Annual administration and progress report of the Indian Medical Department, Bombay
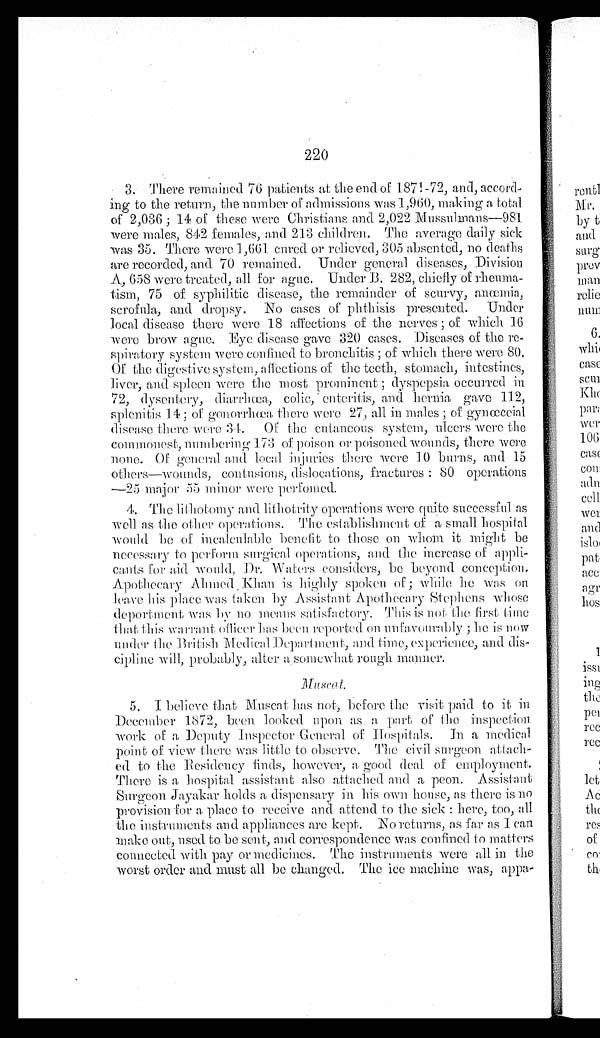
220
3. There remained 76 patients at the end of 1871-72, and, accord
-ing to the return, the number of admissions was 1,960, making a total
of 2,036; 14 or these were Christians and 2,022 Mussulmans—981
were males, 842 females, and 213 children. The average daily sick
was 35. There were 1,661 cured or relieved, 305 absented, no deaths
are recorded, and 70 remained. Under general diseases, Division
A, 658 were treated, all for ague. Under B. 282, chiefly of rheuma
- t i s m , 7 5 o f s y p h i l i t i c d i s e a s e , t h e r e m a i n d e r o f s c u r v y , a n œ m i a ,
scrofula, and dropsy. No cases of phthisis presented. Under
local disease there were 18 affections of the nerves; of which 16
were brow ague. Eye disease gave 320 cases. Diseases of the re
- s p i r a t o r y s y s t e m w e r e c o n f i n e d t o b r o n c h i t i s ; o f w h i c h t h e r e w e r e 8 0 .
Of the digestive system, affections of the teeth, stomach, intestines,
liver, and spleen were the most prominent; dyspepsia occurred in
72, dysentery, diarrhœa, colic, enteritis, and hernia gave 112,
splenitis 14; of gonorrhœa there were 27, all in males; of gynœceial
disease there were 34. Of the cutaneous system, ulcers were the
commonest, numbering 173 of poison or poisoned wounds, there were
none. Of gener al and l ocal i nj ur i es t her e wer e 10 bur ns, and 15
others—wounds, contusions, dislocations, fractures: 80 operations
—25 major 55 minor were perfomed.
4. The lithotomy and lithotrity operations were quite successful as
well as the other operations. The establishment of a small hospital
would be of incalculable benefit to those on whom it might be
necessary to perform surgical operations, and the increase of appli
- c a n t s f o r a i d w o u l d , D r . W a t e r s c o n s i d e r s , b e b e y o n d c o n c e p t i o n .
Apothecary Ahmed Khan is highly spoken of; while he was on
leave his place was taken by Assistant Apothecary Stephens whose
deportment was by no means satisfactory. This is not the first time
that this warrant officer has been reported on unfavourably; he is now
under the British Medical .Department and time, experience, and
dis-cipline will, probably, alter a somewhat rough manner.
Muscat.
5. I believe that Muscat has not, before the visit paid to it in
December 1872, been looked upon as a part of the inspection
work of a Deputy Inspector General of Hospitals. In a medical
point of view there was little to observe. The civil surgeon attach
- e d t o t h e R e s i d e n c y f i n d s , h o w e v e r , a g o o d d e a l o f e m p l o y m e n t .
There is a hospital assistant also attached and a peon. Assistant
Surgeon Jayakar holds a dispensary in his own house, as there is no
provision for a place to receive and attend to the sick: here, too, all
the instruments and appliances are kept. No returns, as far as I can
make out, used to be sent, and correspondence was confined to matters
connected with pay or medicines. The instruments were all in the
worst order and must all be changed. The ice machine was, appa-